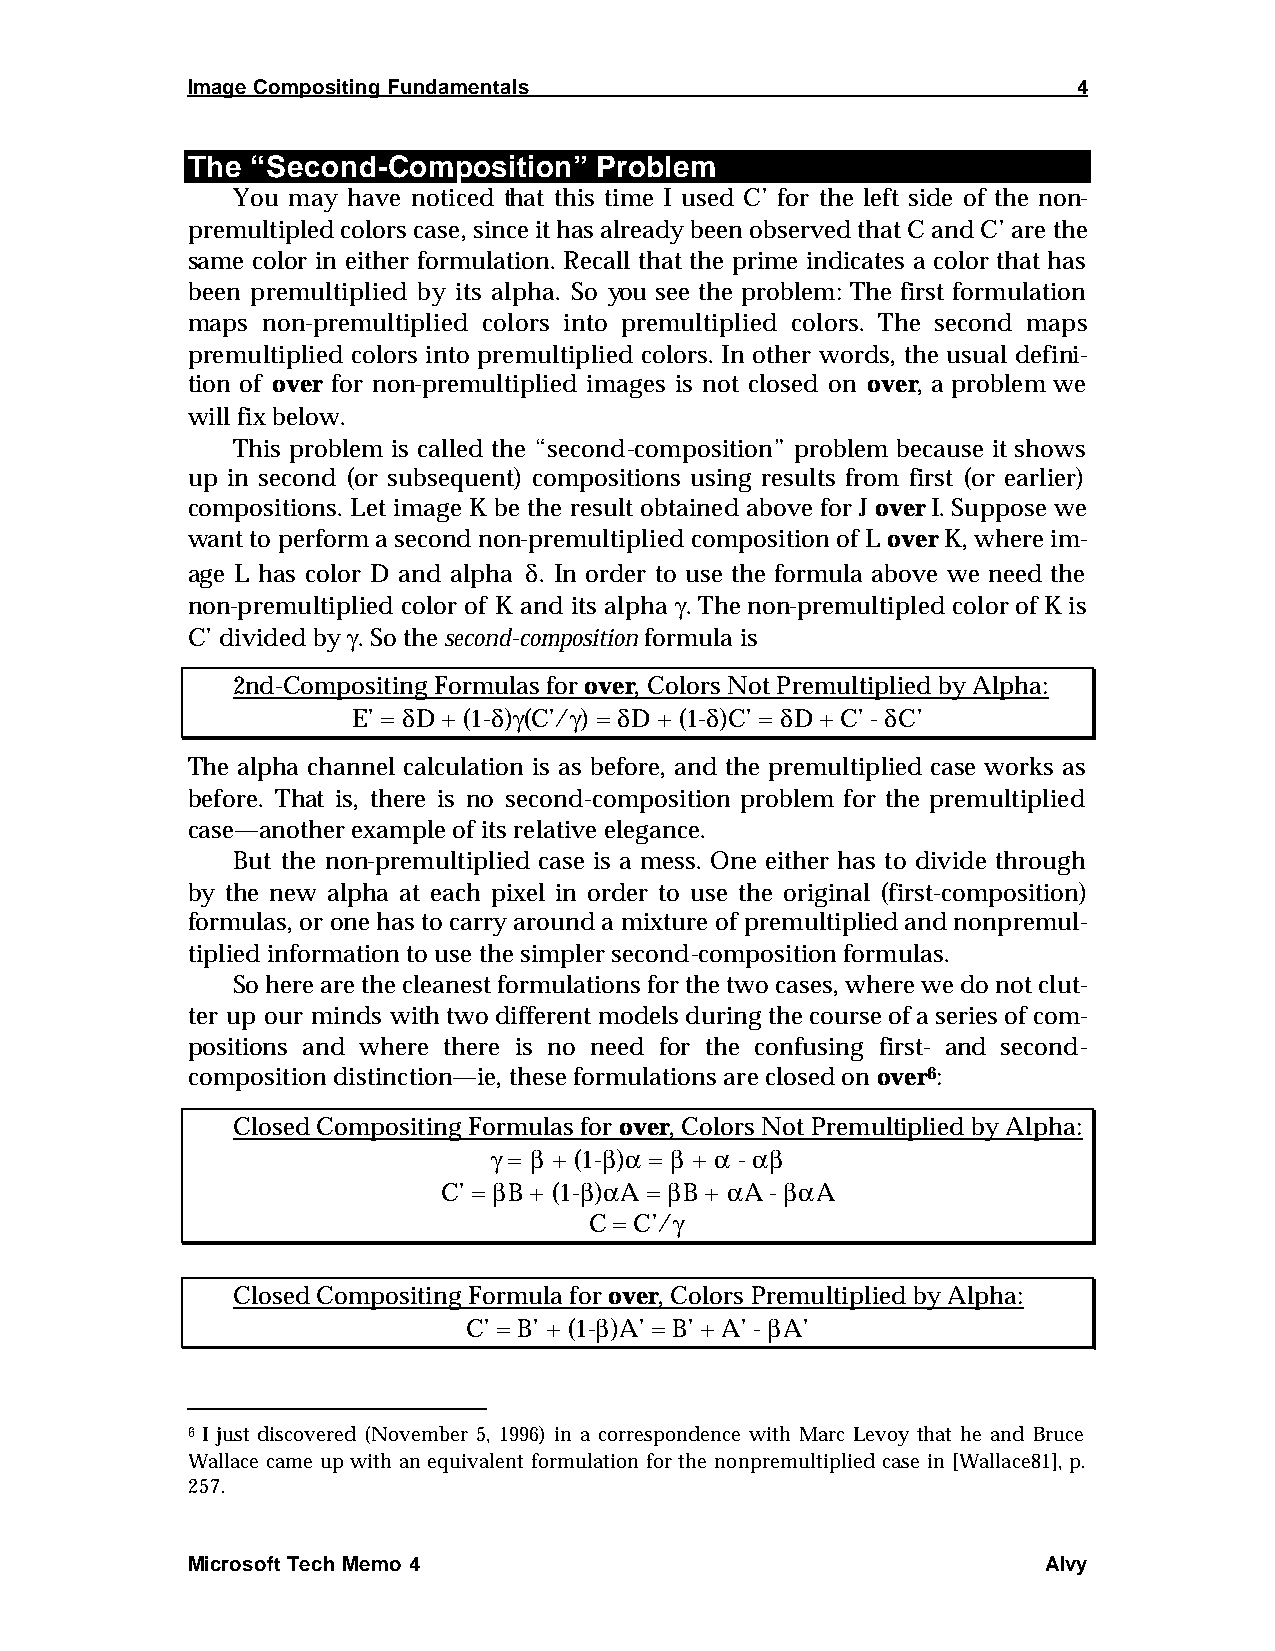
Image Compositing Fundamentals                             4
 The  “Second-Composition”  Problem
 You may have noticed that this time I used C’ for the left side of the non-
 premultipled colors case, since it has already been observed that C and C’ are the
 same color in either formulation. Recall that the prime indicates a color that has
 been premultiplied by its alpha. So you see the problem: The first formulation
 maps non-premultiplied colors into premultiplied colors. The second maps
 premultiplied colors into premultiplied colors. In other words, the usual defini-
 tion of over for non-premultiplied images is not closed on over, a problem we
 will fix below.
 This problem is called the “second-composition” problem because it shows
 up in second (or subsequent) compositions using results from first (or earlier)
 compositions. Let image K be the result obtained above for J over I. Suppose we
 want to perform a second non-premultiplied composition of L over K, where im-
 age L has color D and alpha d . In order to use the formula above we need the
 non-premultiplied color of K and its alpha g . The non-premultipled color of K is
 C’ divided by g . So the second-composition formula is
 2nd-Compositing Formulas for over, Colors Not Premultiplied by Alpha:
 E’ = d D + (1-d )g (C’/g ) = d D + (1-d )C’ = d D + C’ - d C’
 The alpha channel calculation is as before, and the premultiplied case works as
 before. That is, there is no second-composition problem for the premultiplied
 case—another example of its relative elegance.
 But the non-premultiplied case is a mess. One either has to divide through
 by the new alpha at each pixel in order to use the original (first-composition)
 formulas, or one has to carry around a mixture of premultiplied and nonpremul-
 tiplied information to use the simpler second-composition formulas.
 So here are the cleanest formulations for the two cases, where we do not clut-
 ter up our minds with two different models during the course of a series of com-
 positions and where there is no need for the confusing first- and second-
 composition distinction—ie, these formulations are closed on over6:
 Closed Compositing Formulas for over, Colors Not Premultiplied by Alpha:
 g = b + (1-b )a = b + a - a b
 C’ = b B + (1-b )a A = b B + a A - b a A
 C = C’/g
 Closed Compositing Formula for over, Colors Premultiplied by Alpha:
 C’ = B’ + (1-b )A’ = B’ + A’ - b A’
 6 I just discovered (November 5, 1996) in a correspondence with Marc Levoy that he and Bruce
 Wallace came up with an equivalent formulation for the nonpremultiplied case in [Wallace81], p.
 257.
 Microsoft Tech Memo 4                                    Alvy